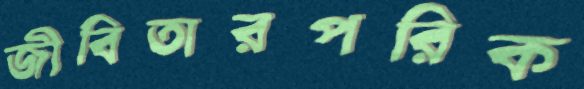
জীবিতারপরিক